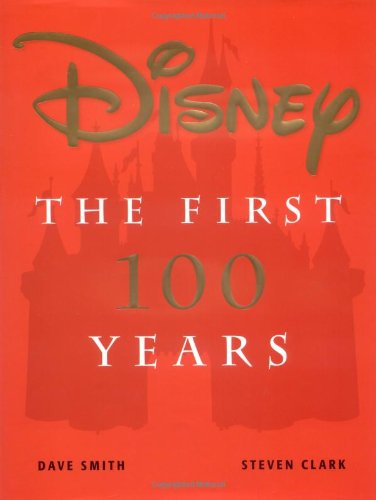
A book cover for Disney: The First 100 Years; David Smith; Humor & Entertainment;